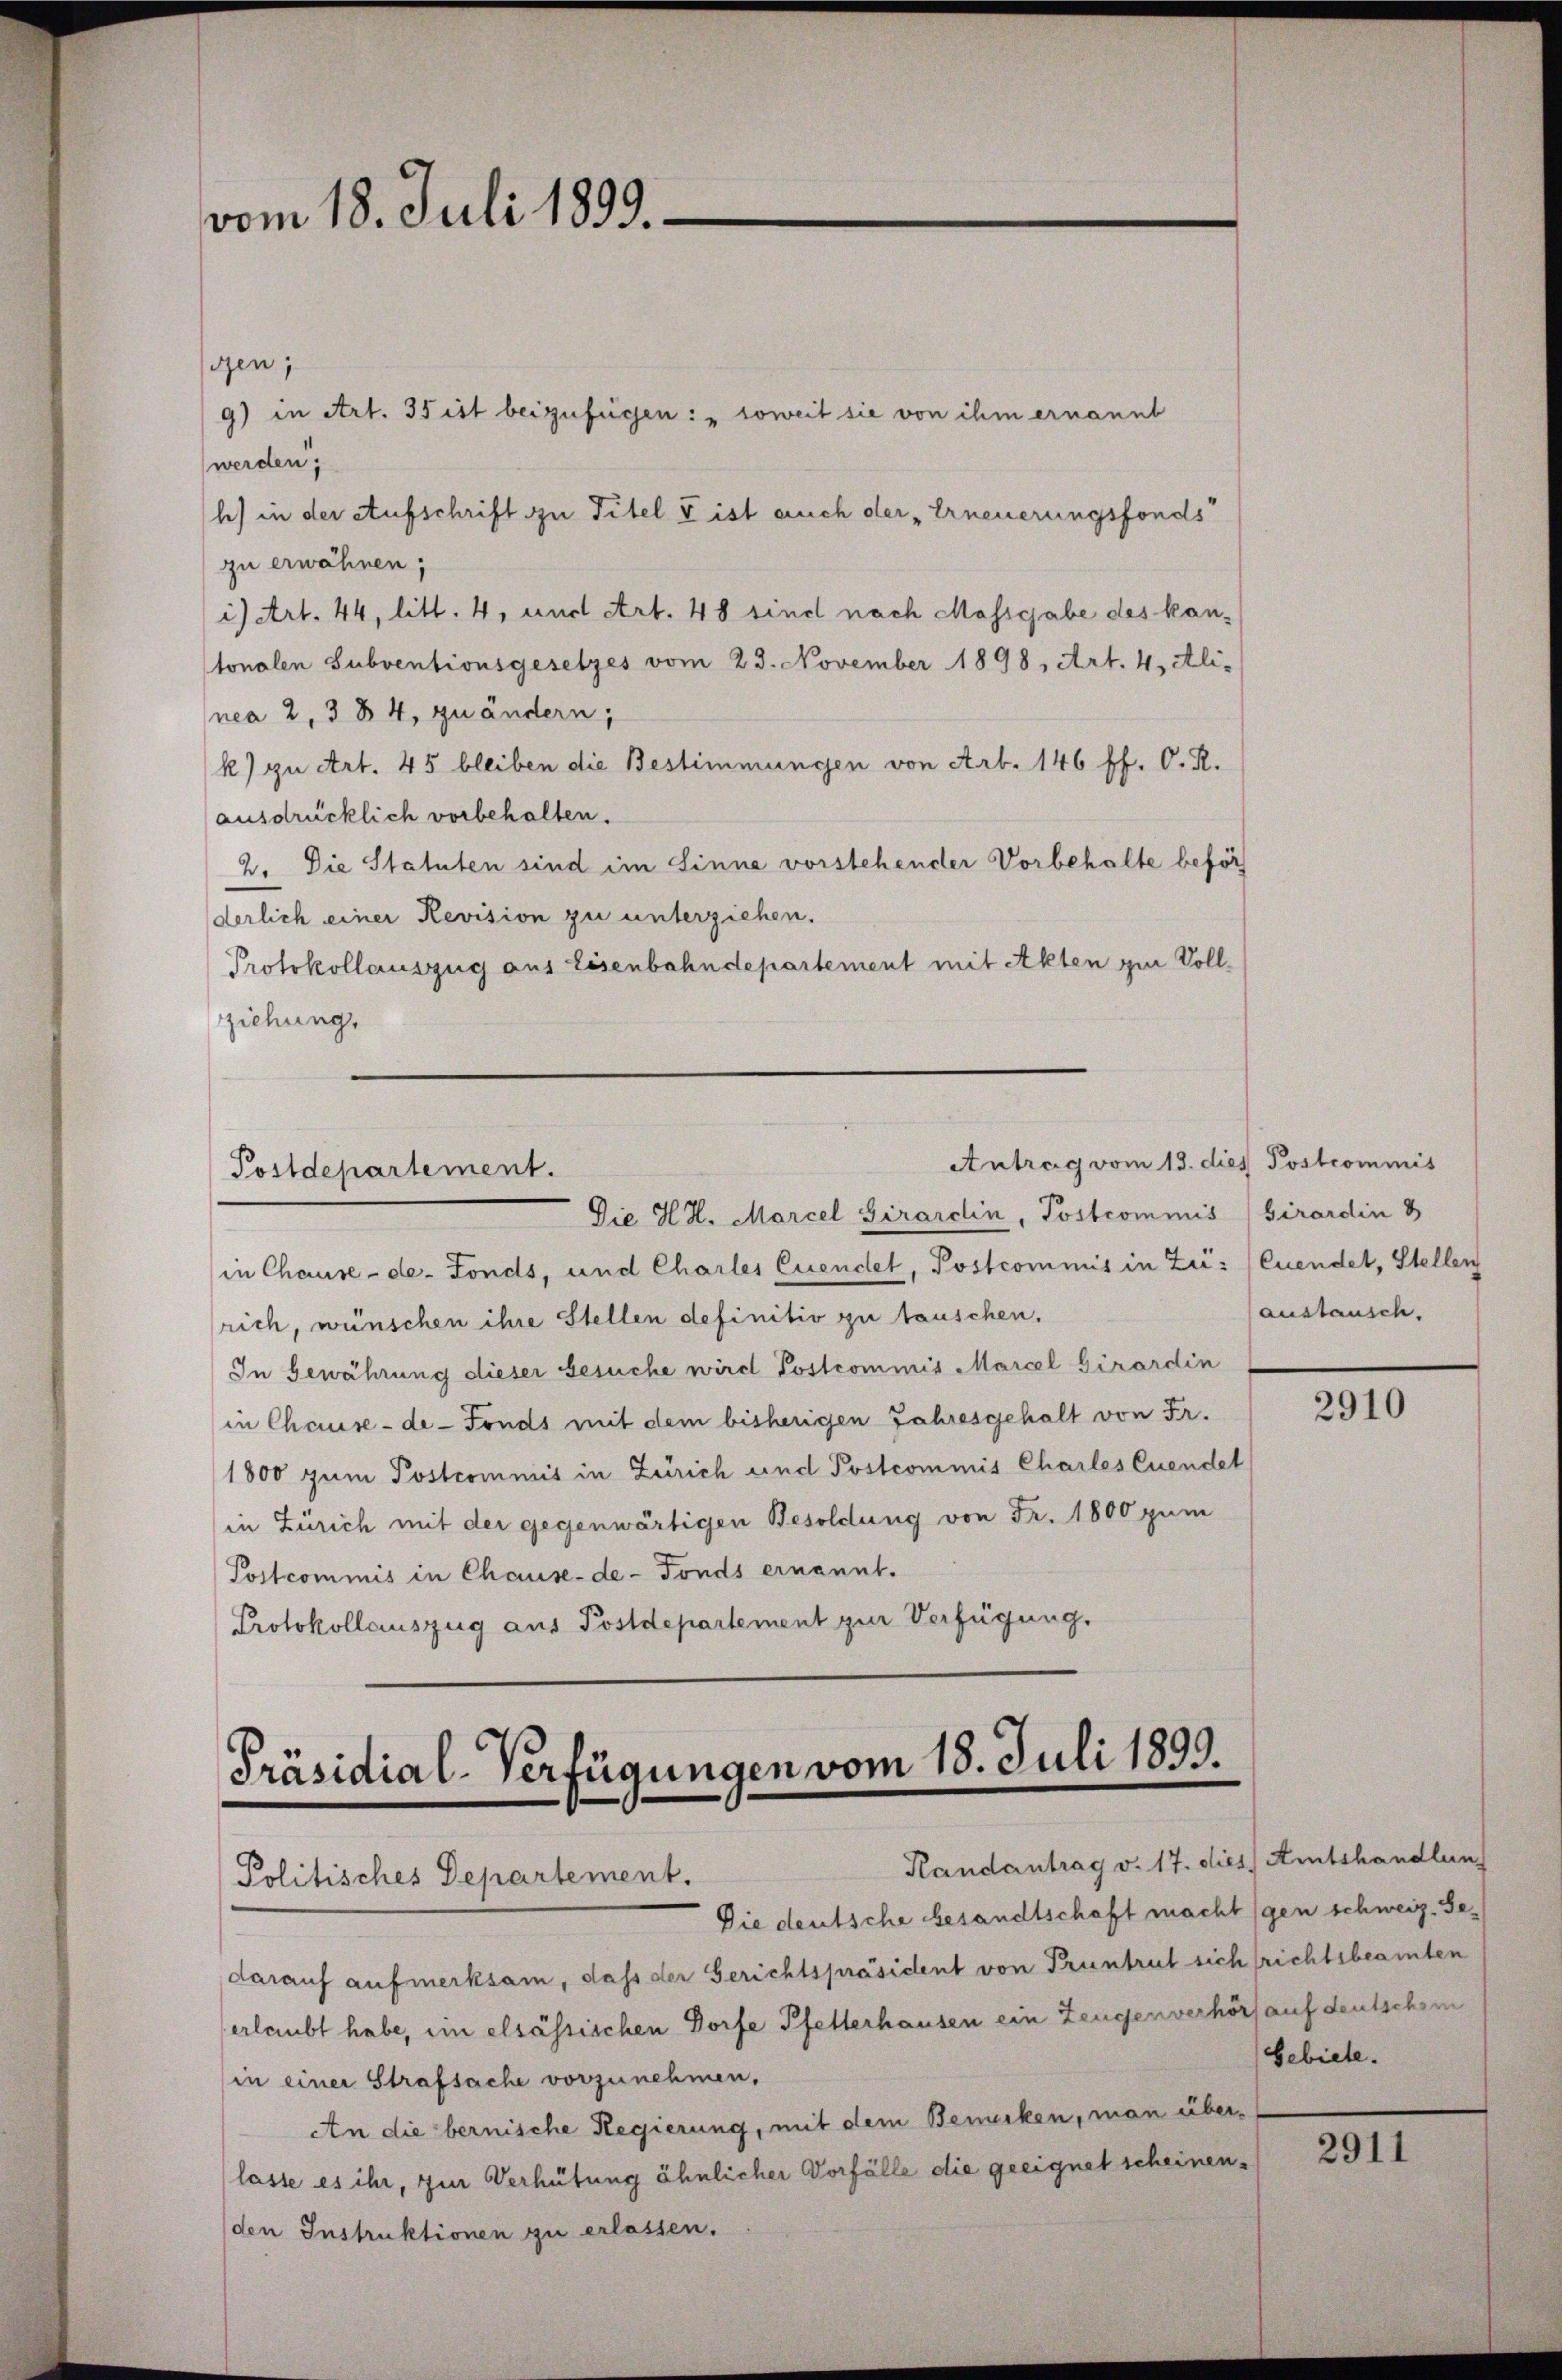
vom 18. Juli 1899.

9) in Art. 35 ist beizufügen: „Soweit sie von ihm ernannt
werden;
h) in der Aufschrift zu Titel & ist auch der Erneuerungsfonds
zu erwähnen;
i) Art. 44, litt. 4, und Art. 48 sind nach Massgabe des kantonalen Subventionsgesetzes vom 23. November 1898, Art. 4, Ali-
nea 2, 384, zu ändern;
k) zu Art. 45 bleiben die Bestimmungen von Art. 146 ff. O. R.
ausdrücklich vorbehalten.
2. Die Statuten sind im Sinne vorstehender Vorbehalte beför
derlich einer Revision zu unterziehen.
Protokollauszug aus Eisenbahndepartement mit Akten zur Vollziehung,

gen;

Antrag vom 13. d.
Postdepartement.
Die H. H. Marcel Girardin, Postcommis Girardin 3

Präsidial-Verfügungen vom 18. Juli 1899.
Randantrag v. 17. dies Amtshandlun
Politisches Departement.

in Chause -de-Fonds, und Charles Cuendet, Postcommis in Zi: (Cuendet, Stellen
rich, wünschen ihre Stellen definitiv zu tauschen.
In Gewährung dieser Gesuche wird Postcommis Marcel Girardin
in Chause-de-Fonds mit dem bisherigen Jahresgehalt von Fr.
1800 zum Postcommis in Zürich und Postcommis Charles Cuendet
in Zürich mit der gegenwärtigen Besoldung von Fr. 1800 zum
Postcommis in Chause-de-Fonds ernannt.
Protokollauszug aus Postdepartement zur Verfügung.

lies Postcommis
anstausch.

Die deutsche besandtschaft macht gen schweiz. Gedarauf aufmerksam, dass der Gerichtspräsident von Pruntrut sich richtsbeamten
erlaubt habe, ein elsässischen Dorfe Pfetterhausen ein Zeugenverhörs auf deutschem
in einer Strafsache vorzunehmen,
An die bernische Regierung, mit dem Bemerken, man überlasse es ihr, zur Verhütung ähnlicher Vorfälle die geeignet scheinen.
den Instruktionen zu erlassen.

2910

Gebiete.

2911